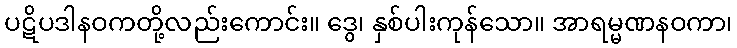
ပဋိပဒါနဝကတို့လည်းကောင်း။ ဒွေ၊ နှစ်ပါးကုန်သော။ အာရမ္မဏနဝကာ၊